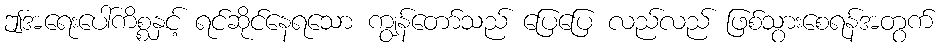
ဤအရေးပေါ်ကိစ္စနှင့် ရင်ဆိုင်နေရသော ကျွန်တော်သည် ပြေပြေ လည်လည် ဖြစ်သွားစေရန်အတွက်